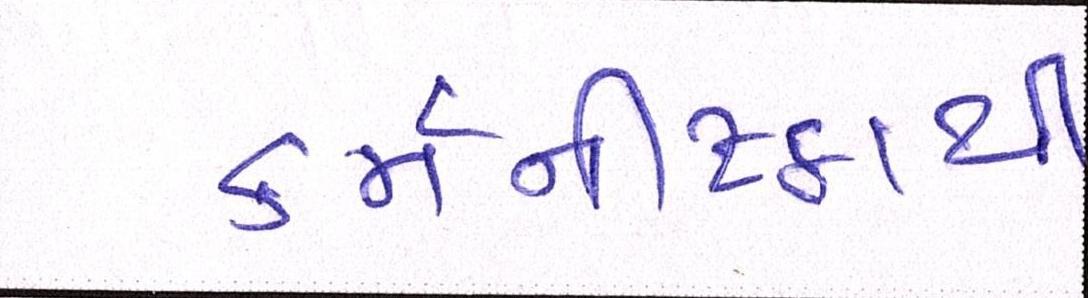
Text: કર્મનીષ્ઠાથી